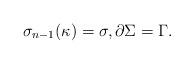
LaTeX: \begin{align*}\sigma_{n-1}(\kappa)=\sigma,\partial\Sigma=\Gamma.\end{align*}